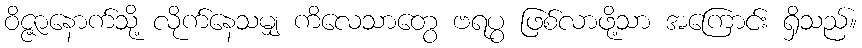
ဝိဇ္ဇာနောက်သို့ လိုက်နေသမျှ ကိလေသာတွေ ဗရပွ ဖြစ်လာဖို့သာ အကြောင်း ရှိသည်။